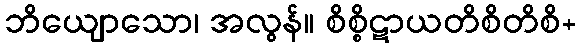
ဘိယျောသော၊ အလွန်။ စိစ္စိဋာယတိစိတိစိ+